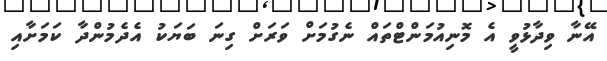
އޭނާ ވިދާޅުވީ އެ މޮނިއުމަންޓްތައް ނެގުމަށް ވަރަށް ގިނަ ބަޔަކު އެދެމުންދާ ކަމަށާއި